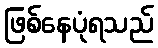
ဖြစ်နေပုံရသည်